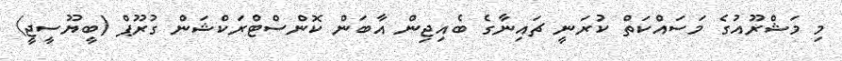
މި މަޝްރޫއުގެ މަސައްކަތް ކުރަނީ ޗައިނާގެ ބެއިޖިން އާބަން ކޮންސްޓްރަކްޝަން ގުރޫޕް (ބީޔޫސީޖީ)